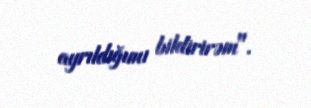
ayrıldığımı bildirirəm".